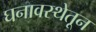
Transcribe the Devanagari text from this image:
घनावस्थेतून